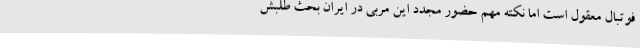
فوتبال معقول است اما نکته مهم حضور مجدد این مربی در ایران بحث طلبش